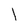
Character: I